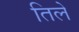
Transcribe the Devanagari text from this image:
तिले